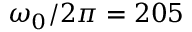
\omega _ { 0 } / 2 \pi = 2 0 5